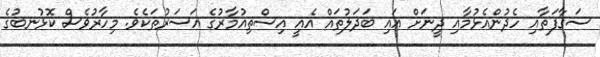
ސަގާފަތާއި ހެދުންއެޅުމާއި ދީނަށް އައި ބަދަލުތައް އެއީ އިސްތިއުމާރުގެ އަސަރުތަކެވެ. މިހާރުވެސް ކޮޅުނބުގެ